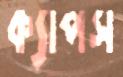
ক্যাপস